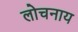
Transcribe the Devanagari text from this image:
लोचनाय